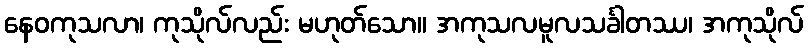
နေဝကုသလာ၊ ကုသိုလ်လည်း မဟုတ်သော။ အကုသလမူလသင်္ခါတဿ၊ အကုသိုလ်